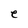
Character: e